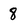
Character: 8